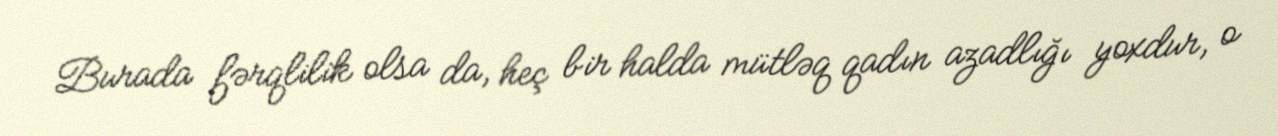
Burada fərqlilik olsa da, heç bir halda mütləq qadın azadlığı yoxdur, o